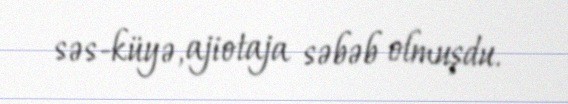
səs-küyə, ajiotaja səbəb olmuşdu.